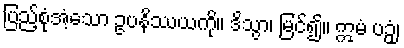
ပြည့်စုံအံ့သော ဥပနိဿယကို။ ဒိသွာ၊ မြင်၍။ ဣမံ ပဉှံ၊